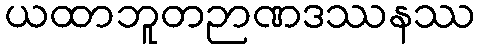
ယထာဘူတဉာဏဒဿနဿ